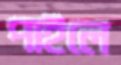
পাইলে